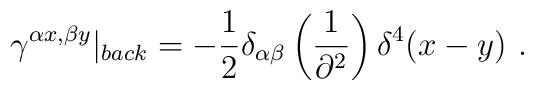
\gamma^{\alpha x,\beta y}\vert_{back}=-\frac{1}{2}\delta_{\alpha\beta}\left(\frac{1}{\partial^{2}}\right)\delta^{4}(x-y)\ .